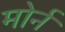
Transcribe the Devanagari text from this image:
मोर्न